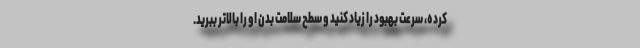
کرده، سرعت بهبود را زیاد کنید و سطح سلامت بدن او را بالاتر ببرید.